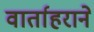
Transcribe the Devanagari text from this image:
वार्ताहराने